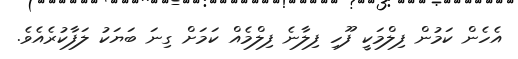
އެހެން ކަމުން ފިލްމަކީ ފޫހި ފިލާނެ ފިލްމެއް ކަމަށް ގިނަ ބަޔަކު ލަފާކުރެއެވެ.